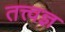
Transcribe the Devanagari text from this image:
तत्त्‍वज्ञ